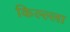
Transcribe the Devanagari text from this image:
किल्ल्‍ला